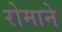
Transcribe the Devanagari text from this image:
रोमाने